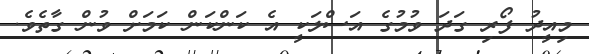
މިއީދު ފޯރި ގަދަ ވުމުގެ އަސްލަކީ އެ ކަންކަން ކަމަށް ވުން ގާތެވެ.